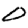
Digit: 0